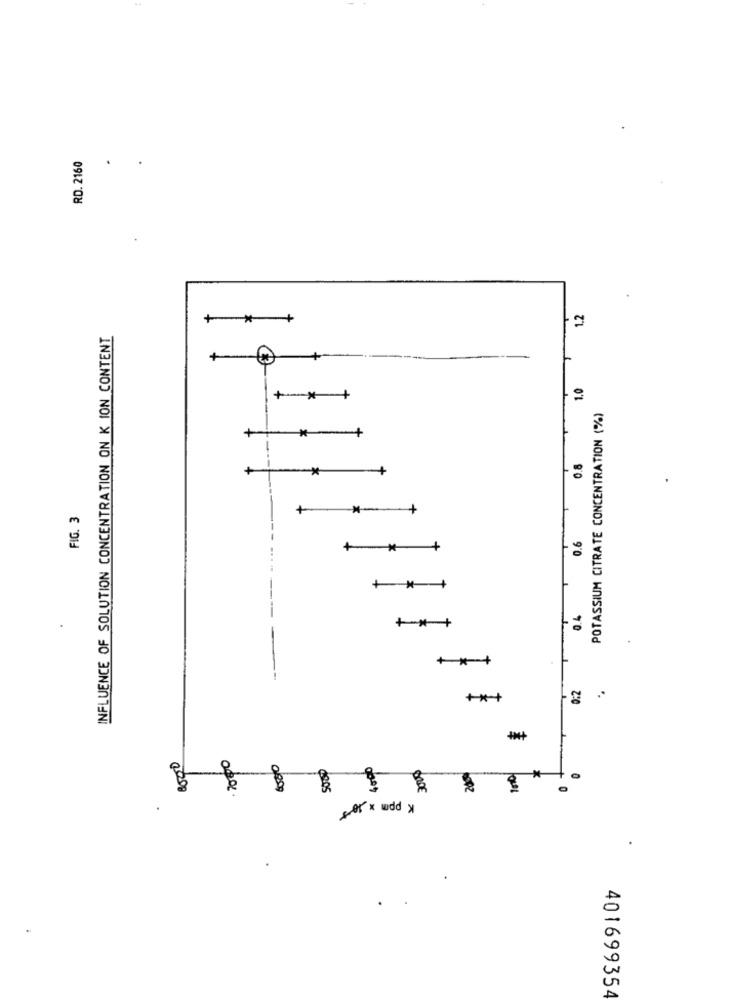
RD. 2160
1.2
+
INFLUENCE OF SOLUTION CONCENTRATION ON K ION CONTENT
+
1.0
POTASSIUM CITRATE CONCENTRATION (%)
0.8
FIG. 3
0.6
*
+*+
0.4
+ *- +
+ *- +
0.2
** +
8000
2000
8
3000
Ho
K ppm × 105
401699354